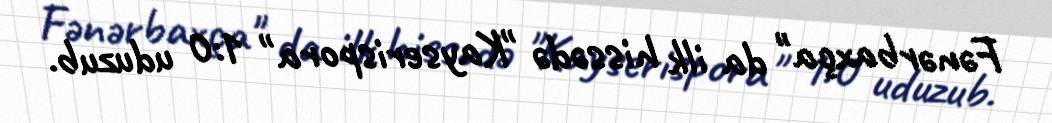
Fənərbaxça" da ilk hissədə "Kayserispora" 1:0 uduzub.